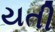
યતી